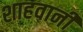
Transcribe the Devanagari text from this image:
शाहवानी